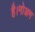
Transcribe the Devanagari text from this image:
है।नोअम